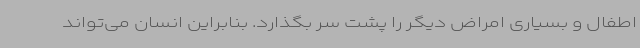
اطفال و بسیاری امراض دیگر را پشت سر بگذارد. بنابراین انسان می‌تواند